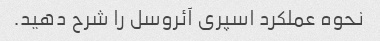
نحوه عملکرد اسپری آئروسل را شرح دهید.